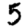
Digit: 5